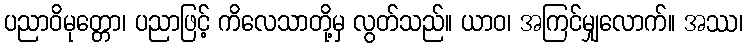
ပညာဝိမုတ္တော၊ ပညာဖြင့် ကိလေသာတို့မှ လွတ်သည်။ ယာဝ၊ အကြင်မျှလောက်။ အဿ၊